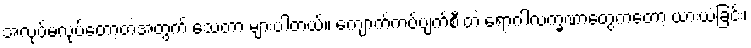
အလုပ်မလုပ်တော့တဲ့အတွက် သေတာ များပါတယ်။ ကျောက်ကပ်ပျက်စီးတဲ့ ရောဂါလက္ခဏာတွေကတော့ ယားယံခြင်း၊